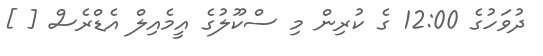
ދުވަހުގެ 12:00 ގެ ކުރިން މި ސްކޫލުގެ އީމެއިލް އެޑްރެސް [ ]